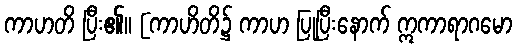
ကာဟတိ ပြီး၏။ [ကာဟိတိ၌ ကာဟ ပြုပြီးနောက် ဣကာရာဂမော